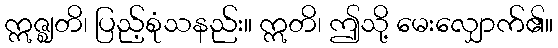
ဣဇ္ဈတိ၊ ပြည့်စုံသနည်း။ ဣတိ၊ ဤသို့ မေးလျှောက်၏။